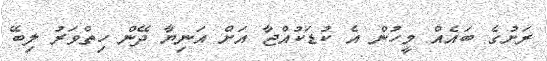
ރަށުގެ ބައެއް މީހުން އެ ކުޑަކުއްޖާ އަށް އަނިޔާ ދޭން ހިތްވަރު ލިބޭ